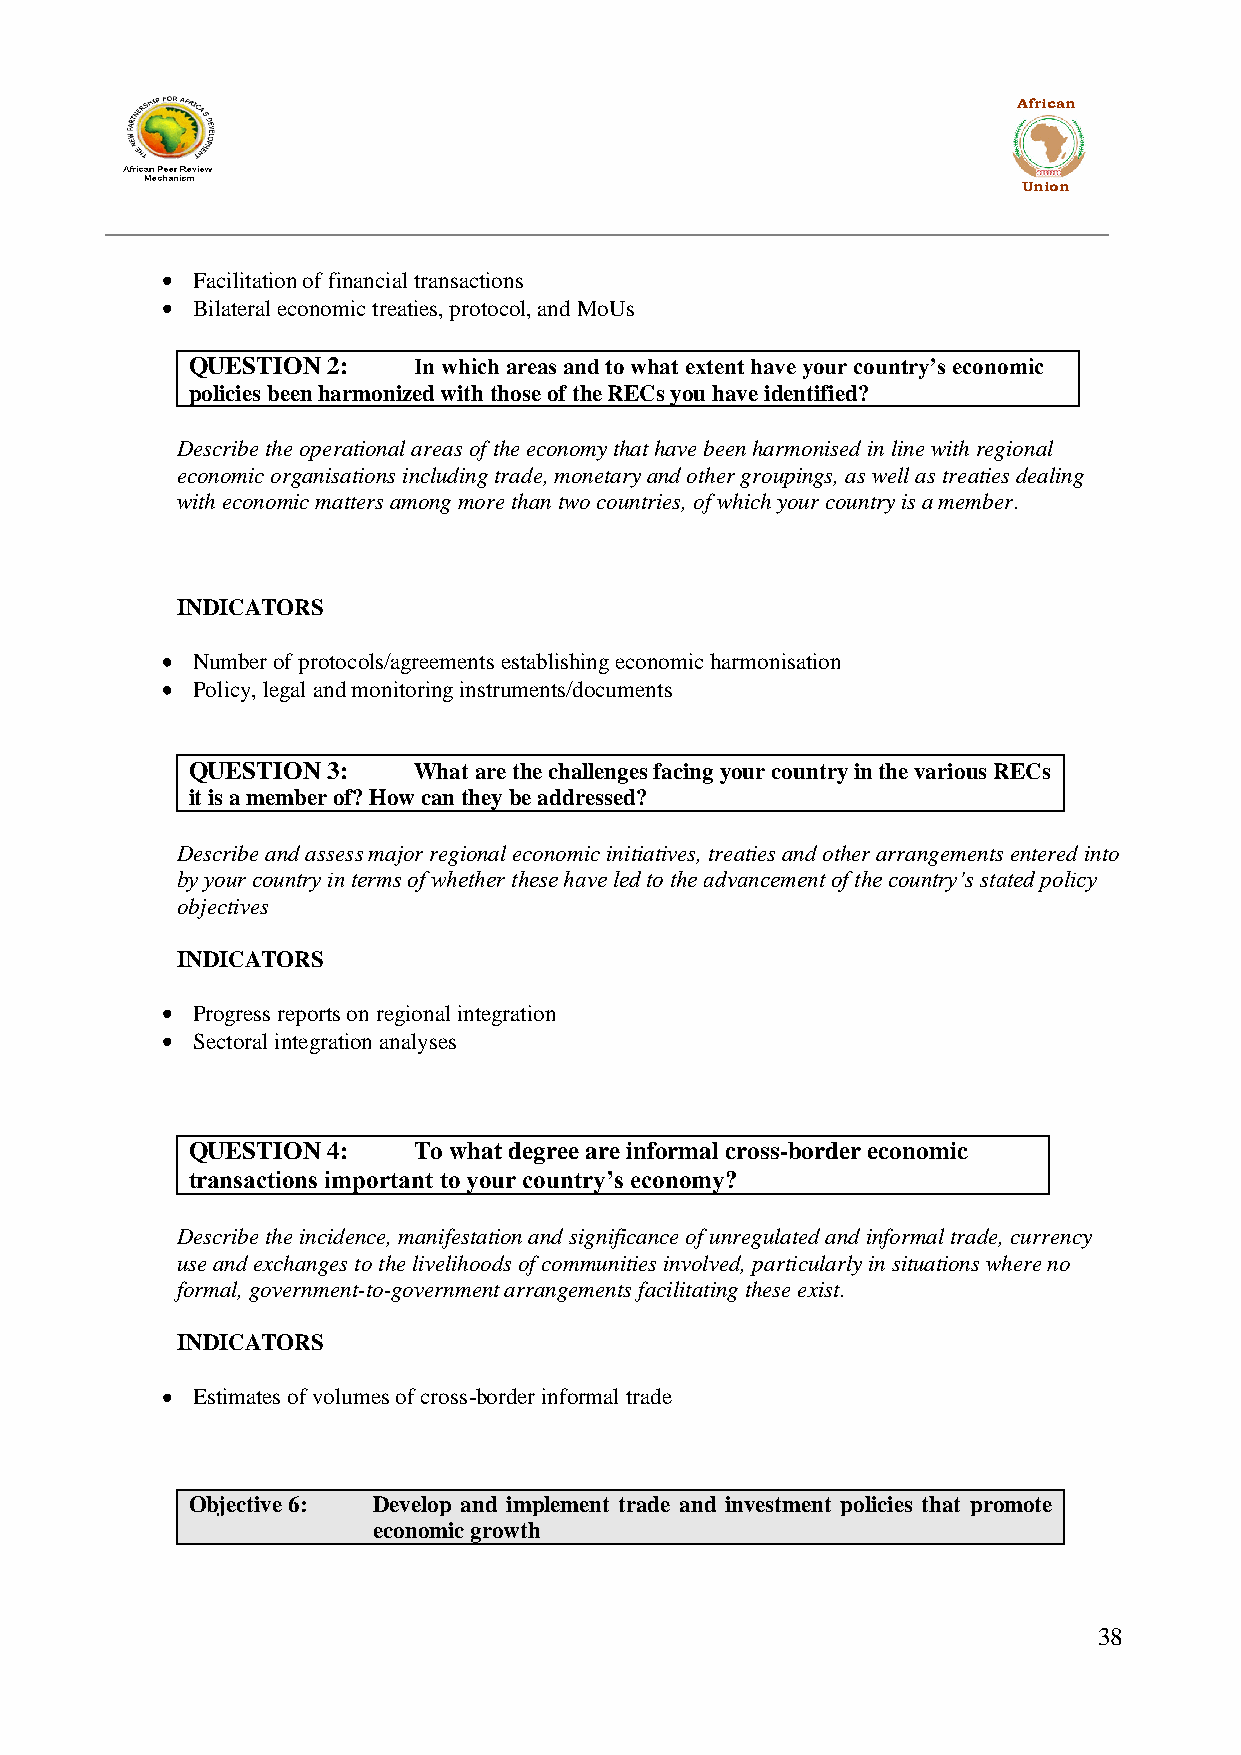
African
 Union
 Facilitation of financial transactions
 Bilateral economic treaties, protocol, and MoUs
 QUESTION  2:   In which areas and to what extent have your country’s economic
 policies been harmonized with those of the RECs you have identified?
 Describe the operational areas of the economy that have been harmonised in line with regional
 economic organisations including trade, monetary and other groupings, as well as treaties dealing
 with economic matters among more than two countries, of which your country is a member.
 INDICATORS
 Number of protocols/agreements establishing economic harmonisation
 Policy, legal and monitoring instruments/documents
 QUESTION  3:   What are the challenges facing your country in the various RECs
 it is a member of? How can they be addressed?
 Describe and assess major regional economic initiatives, treaties and other arrangements entered into
 by your country in terms of whether these have led to the advancement of the country’s stated policy
 objectives
 INDICATORS
 Progress reports on regional integration
 Sectoral integration analyses
 QUESTION  4:   To what degree are informal cross-border economic
 transactions important to your country’s economy?
 Describe the incidence, manifestation and significance of unregulated and informal trade, currency
 use and exchanges to the livelihoods of communities involved, particularly in situations where no
 formal, government-to-government arrangements facilitating these exist.
 INDICATORS
 Estimates of volumes of cross-border informal trade
 Objective 6: Develop and implement trade and investment policies that promote
 economic growth
 38